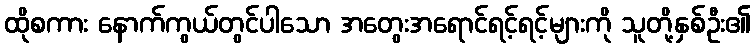
ထိုစကား နောက်ကွယ်တွင်ပါသော အတွေးအရောင်ရင့်ရင့်များကို သူတို့နှစ်ဦး၏